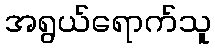
အရွယ်ရောက်သူ